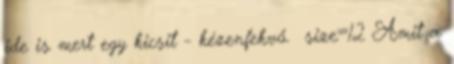
ide is mert egy kicsit - kézenfekvő. size=12 Amit a